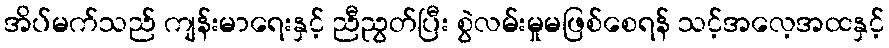
အိပ်မက်သည် ကျန်းမာရေးနှင့် ညီညွတ်ပြီး စွဲလမ်းမှုမဖြစ်စေရန် သင့်အလေ့အထနှင့်